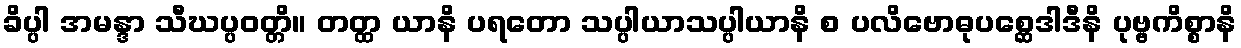
ခိပ္ပါ အမန္ဒာ သီဃပ္ပဝတ္တိ။ တတ္ထ ယာနိ ပရတော သပ္ပါယာသပ္ပါယာနိ စ ပလိဗောဓုပစ္ဆေဒါဒီနိ ပုဗ္ဗကိစ္စာနိ